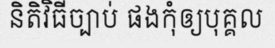
និតិវិធីច្បាប់ ផងកុំឲ្យបុគ្គល